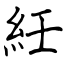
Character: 紝